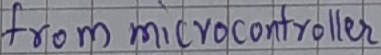
Text: from microcontroller